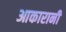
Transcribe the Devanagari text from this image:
आकारानी